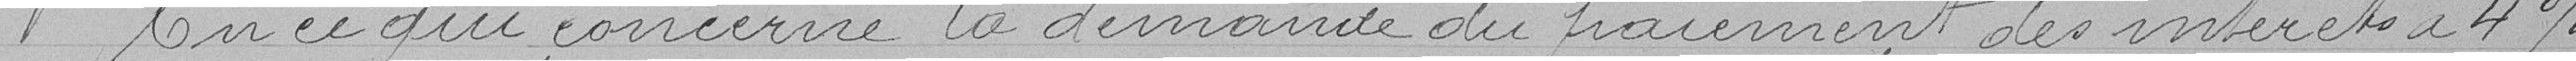
En ce qui concerne la demande du paiement des intérêts à  4%